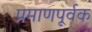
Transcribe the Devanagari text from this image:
प्रमाणपूर्वक